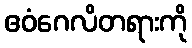
ဧဝံဂေလိတရားကို